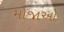
મોજાઓ